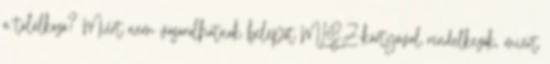
a találkozó? Miért nem vásárolhatnak belépőt MLSZ-kártyával rendelkezők, miért